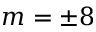
m = \pm 8